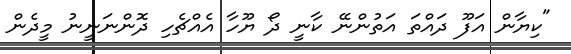
"ކިޔާން އަފޫ ދައްތަ އަތުންނޭ ކާނީ ދޯ ޔޫހާ އެއްޗެހި ދޮންނަނީނު މީދެން